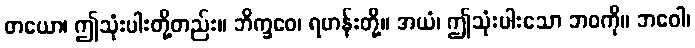
တယော၊ ဤသုံးပါးတို့တည်း။ ဘိက္ခဝေ၊ ရဟန်းတို့။ အယံ၊ ဤသုံးပါးသော ဘဝကို။ ဘဝေါ၊